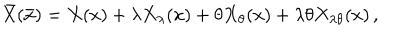
LaTeX: \bar { X } ( \bar { x } ) = X ( x ) + \lambda X _ { \lambda } ( x ) + \theta X _ { \theta } ( x ) + \lambda \theta X _ { \lambda \theta } ( x ) \, ,